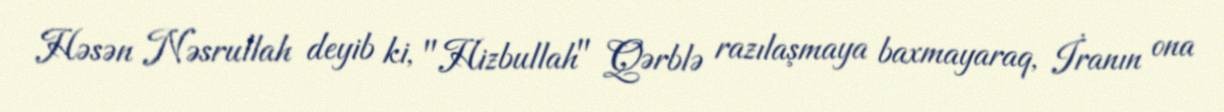
Həsən Nəsrullah deyib ki, "Hizbullah" Qərblə razılaşmaya baxmayaraq, İranın ona